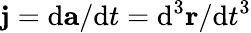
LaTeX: \mathbf{j}=\mathrm{d}\mathbf{a}/\mathrm{d}t=\mathrm{d}^{3}\mathbf{r}/\mathrm{d}t^{3}